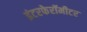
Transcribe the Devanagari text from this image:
इंटरफेरॉमीटर